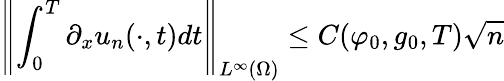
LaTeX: \left\Vert\int_{0}^{T}\partial_{x}u_{n}(\cdot,t)dt\right\Vert_{L^{\infty}(\Omega)}\leq C(\varphi_{0},g_{0},T)\sqrt{n}